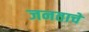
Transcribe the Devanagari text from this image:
जनताचे